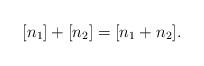
LaTeX: \begin{align*}[n_1]+[n_2]=[n_1+n_2].\end{align*}